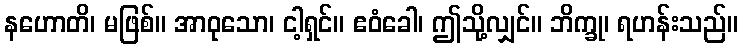
နဟောတိ၊ မဖြစ်။ အာဝုသော၊ ငါ့ရှင်။ ဧဝံခေါ၊ ဤသို့လျှင်။ ဘိက္ခု၊ ရဟန်းသည်။